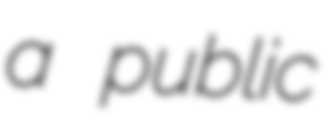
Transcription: a public